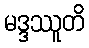
မဒ္ဒဿူတိ